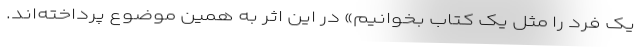
یک فرد را مثل یک کتاب بخوانیم» در این اثر به همین موضوع پرداخته‌اند.